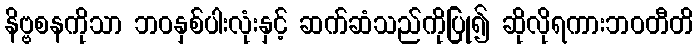
နိဗ္ဗစနကိုသာ ဘဝနှစ်ပါးလုံးနှင့် ဆက်ဆံသည်ကိုပြု၍ ဆိုလိုရကားဘဝတီတိ